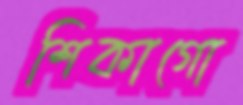
শিকাগো